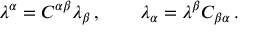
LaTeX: \lambda ^ { \alpha } = { \cal C } ^ { \alpha \beta } \lambda _ { \beta } \, , \qquad \lambda _ { \alpha } = \lambda ^ { \beta } { \cal C } _ { \beta \alpha } \, .